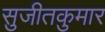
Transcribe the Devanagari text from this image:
सुजीतकुमार